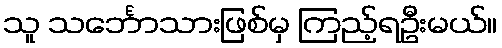
သူ သင်္ဘောသားဖြစ်မှ ကြည့်ရဦးမယ်။